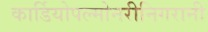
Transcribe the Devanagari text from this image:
कार्डियोपल्मोनरीनिगरानी